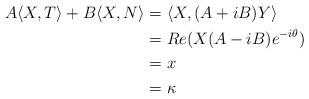
LaTeX: \begin{align*}A\langle X,T\rangle+B\langle X,N\rangle &=\langle X,(A+iB)Y\rangle\\&=Re(X(A-iB)e^{-i\theta})\\&=x\\&=\kappa\end{align*}